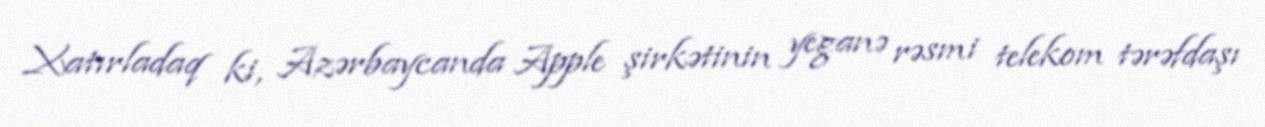
Xatırladaq ki, Azərbaycanda Apple şirkətinin yeganə rəsmi telekom tərəfdaşı